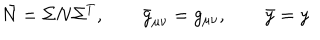
LaTeX: \bar { N } = \Sigma N \Sigma ^ { T } , \qquad \bar { g } _ { \mu \nu } = g _ { \mu \nu } , \qquad \bar { y } = y